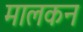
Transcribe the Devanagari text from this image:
मालकन